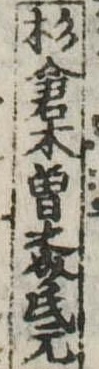
杉倉木曽之介氏元